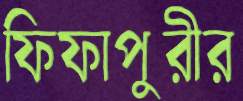
ফিফাপুরীর